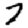
Digit: 7